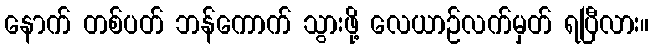
နောက် တစ်ပတ် ဘန်ကောက် သွားဖို့ လေယာဉ်လက်မှတ် ရပြီလား။